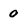
Character: 0